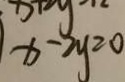
x - 2 y = 0